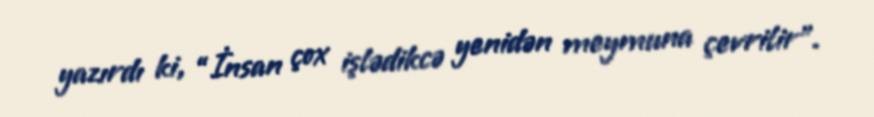
yazırdı ki, “İnsan çox işlədikcə yenidən meymuna çevrilir”.